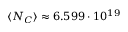
\langle N _ { C } \rangle \approx 6 . 5 9 9 \cdot 1 0 ^ { 1 9 }